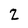
Character: 2